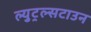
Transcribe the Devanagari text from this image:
ल्युट्रल्सटाउन